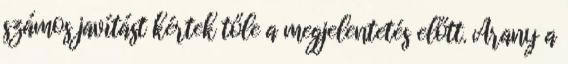
számos javítást kértek tőle a megjelentetés előtt. Arany a